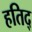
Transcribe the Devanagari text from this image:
हतिद्